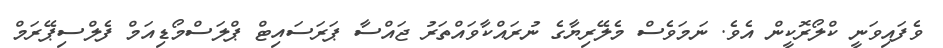
ވެފައިވަނީ ކްލޯރޮކީން އެވެ. ނަމަވެސް މެލޭރިޔާގެ ނުރައްކާވައްތަރު ޖައްސާ ޕަރަސައިޓް ޕްލަސްމޯޑިއަމް ފެލްސިޕޭރަމް